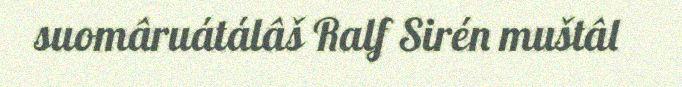
suomâruátálâš Ralf Sirén muštâl